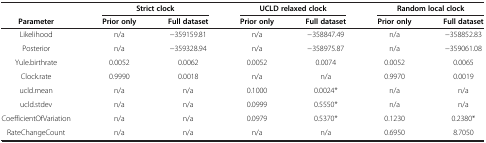
<table><thead><tr><td><b> </b></td><td colspan="2"><b>Strict clock</b></td><td colspan="2"><b>UCLD relaxed clock</b></td><td colspan="2"><b>Random local clock</b></td></tr><tr><td><b>Parameter</b></td><td><b>Prior only</b></td><td><b>Full dataset</b></td><td><b>Prior only</b></td><td><b>Full dataset</b></td><td><b>Prior only</b></td><td><b>Full dataset</b></td></tr></thead><tbody><tr><td>Likelihood</td><td>n/a</td><td>−359159.81</td><td>n/a</td><td>−358847.49</td><td>n/a</td><td>−358852.83</td></tr><tr><td>Posterior</td><td>n/a</td><td>−359328.94</td><td>n/a</td><td>−358975.87</td><td>n/a</td><td>−359061.08</td></tr><tr><td>Yule.birthrate</td><td>0.0052</td><td>0.0062</td><td>0.0052</td><td>0.0074</td><td>0.0052</td><td>0.0065</td></tr><tr><td>Clock.rate</td><td>0.9990</td><td>0.0018</td><td>n/a</td><td>n/a</td><td>0.9970</td><td>0.0019</td></tr><tr><td>ucld.mean</td><td>n/a</td><td>n/a</td><td>0.1000</td><td>0.0024*</td><td>n/a</td><td>n/a</td></tr><tr><td>ucld.stdev</td><td>n/a</td><td>n/a</td><td>0.0999</td><td>0.5550*</td><td>n/a</td><td>n/a</td></tr><tr><td>CoefficientOfVariation</td><td>n/a</td><td>n/a</td><td>0.0979</td><td>0.5370*</td><td>0.1230</td><td>0.2380*</td></tr><tr><td>RateChangeCount</td><td>n/a</td><td>n/a</td><td>n/a</td><td>n/a</td><td>0.6950</td><td>8.7050</td></tr></tbody></table>